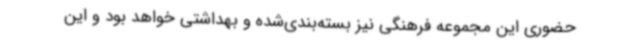
حضوری این مجموعه فرهنگی نیز بسته‌بندی‌شده و بهداشتی خواهد بود و این